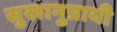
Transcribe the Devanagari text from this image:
सुखानुप्रायी